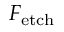
F _ { \mathrm { e t c h } }